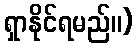
ရှာနိုင်ရမည်။)